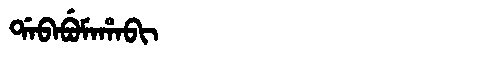
Manchu: ᡩᠠᠪᠠᠪᡠᠮᠠᡥᠠᠪᡳ
Romanization: DABABUMAHABI